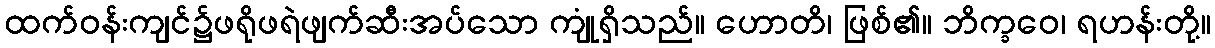
ထက်ဝန်းကျင်၌ဖရိုဖရဲဖျက်ဆီးအပ်သော ကျုံရှိသည်။ ဟောတိ၊ ဖြစ်၏။ ဘိက္ခဝေ၊ ရဟန်းတို့။